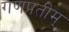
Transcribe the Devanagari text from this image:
गणपतीम्